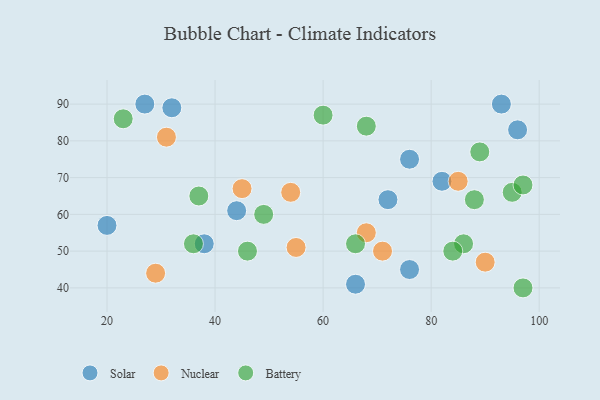
{"axis": {"x": "GDP", "y": "Life Expectancy"}, "legend": ["Battery", "Nuclear", "Solar"], "data": [{"x": "27", "y": 90, "type": "Solar"}, {"x": "76", "y": 45, "type": "Solar"}, {"x": "20", "y": 57, "type": "Solar"}, {"x": "93", "y": 90, "type": "Solar"}, {"x": "32", "y": 89, "type": "Solar"}, {"x": "82", "y": 69, "type": "Solar"}, {"x": "96", "y": 83, "type": "Solar"}, {"x": "44", "y": 61, "type": "Solar"}, {"x": "72", "y": 64, "type": "Solar"}, {"x": "76", "y": 75, "type": "Solar"}, {"x": "38", "y": 52, "type": "Solar"}, {"x": "66", "y": 41, "type": "Solar"}, {"x": "31", "y": 81, "type": "Nuclear"}, {"x": "54", "y": 66, "type": "Nuclear"}, {"x": "71", "y": 50, "type": "Nuclear"}, {"x": "29", "y": 44, "type": "Nuclear"}, {"x": "68", "y": 55, "type": "Nuclear"}, {"x": "85", "y": 69, "type": "Nuclear"}, {"x": "45", "y": 67, "type": "Nuclear"}, {"x": "90", "y": 47, "type": "Nuclear"}, {"x": "55", "y": 51, "type": "Nuclear"}, {"x": "95", "y": 66, "type": "Battery"}, {"x": "36", "y": 52, "type": "Battery"}, {"x": "37", "y": 65, "type": "Battery"}, {"x": "66", "y": 52, "type": "Battery"}, {"x": "97", "y": 68, "type": "Battery"}, {"x": "88", "y": 64, "type": "Battery"}, {"x": "23", "y": 86, "type": "Battery"}, {"x": "49", "y": 60, "type": "Battery"}, {"x": "97", "y": 40, "type": "Battery"}, {"x": "68", "y": 84, "type": "Battery"}, {"x": "60", "y": 87, "type": "Battery"}, {"x": "46", "y": 50, "type": "Battery"}, {"x": "86", "y": 52, "type": "Battery"}, {"x": "84", "y": 50, "type": "Battery"}, {"x": "89", "y": 77, "type": "Battery"}]}